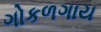
ગોકળગાય